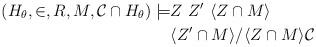
LaTeX: \begin{align*}(H_\theta,\in, R,M, \mathcal{C} \cap H_\theta) \models & Z \ Z' \ \langle Z \cap M \rangle \\& \langle Z' \cap M \rangle / \langle Z \cap M \rangle \mathcal{C} \end{align*}